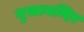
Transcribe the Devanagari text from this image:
मुख्यमन्दिर